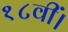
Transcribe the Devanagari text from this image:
१८वीं।